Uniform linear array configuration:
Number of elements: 12
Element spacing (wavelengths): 0.25
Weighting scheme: uniform
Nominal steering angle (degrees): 30
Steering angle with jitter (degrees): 30.232
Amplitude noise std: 0.05
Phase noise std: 0.05

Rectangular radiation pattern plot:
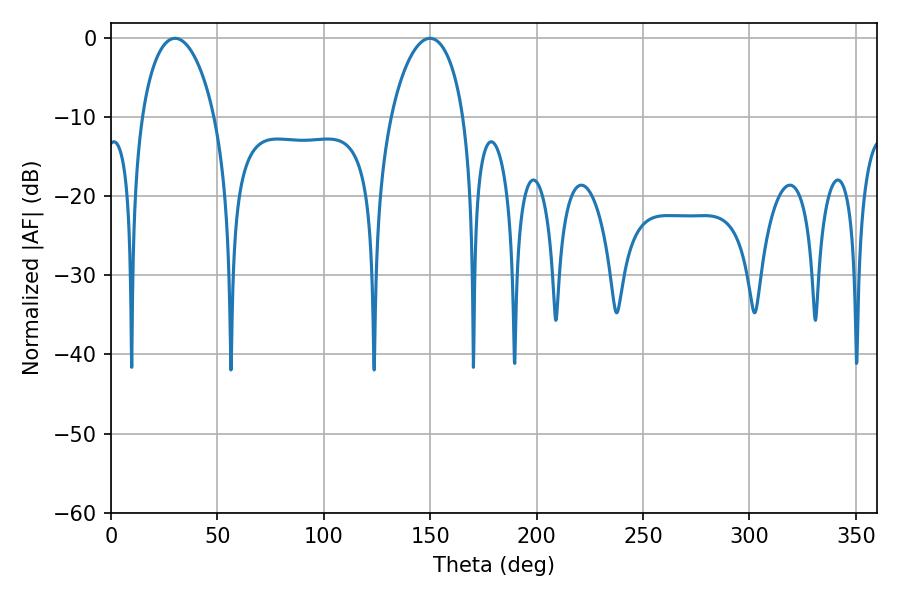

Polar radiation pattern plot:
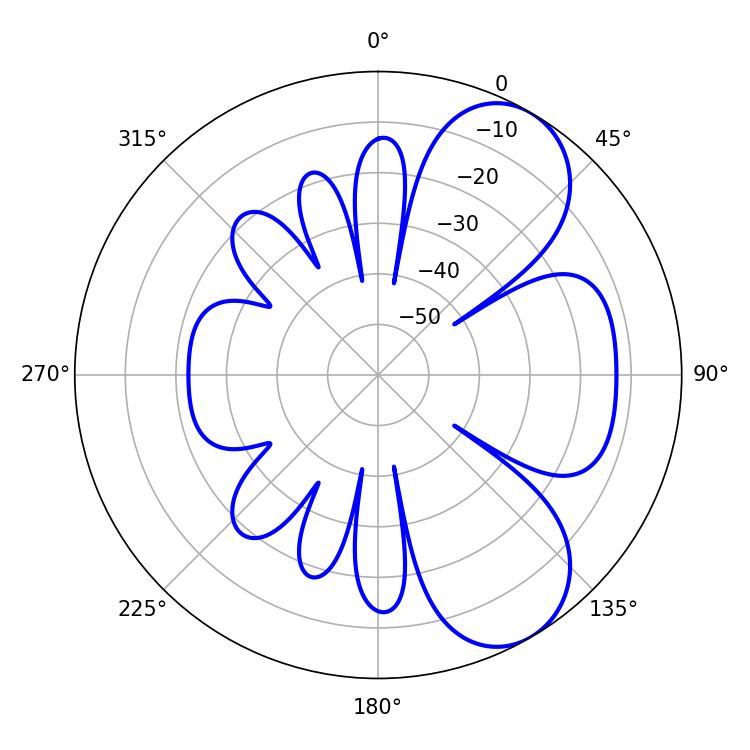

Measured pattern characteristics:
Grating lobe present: FALSE
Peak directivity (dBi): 7.032
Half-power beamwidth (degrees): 19.44
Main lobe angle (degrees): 30.06